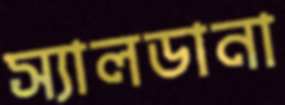
স্যালডানা